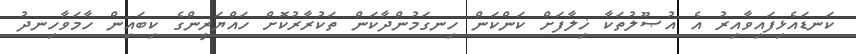
ކަނޑައެޅިފައިވާއިރު އެ އުޞޫލުތަކާ ޚިލާފަށް ކަންކަން ހިނގަމުންދާކަން ތަކުރާރުކޮށް ހައްޔަރީންގެ ކިބައިން ހާމަވާހިނދު